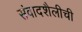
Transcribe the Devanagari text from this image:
संवादशैलीची